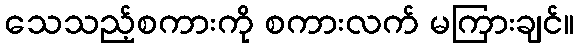
သေသည့်စကားကို စကားလက် မကြားချင်။